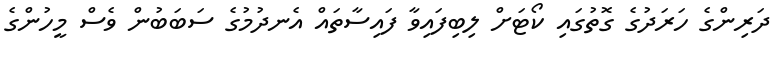
ދަރިންގެ ހަރަދުގެ ގޮތުގައި ކޯޓަށް ލިބިފައިވާ ފައިސާތައް އެނދުމުގެ ސަބަބުން ވެސް މީހުންގެ